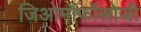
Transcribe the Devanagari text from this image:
जिओमॉर्फोलोजी